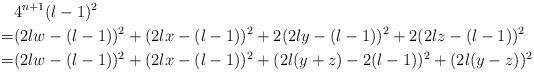
LaTeX: \begin{align*}&4^{n+1}(l-1)^2\\=&(2lw-(l-1))^2+(2lx-(l-1))^2+2(2ly-(l-1))^2+2(2lz-(l-1))^2\\=&(2lw-(l-1))^2+(2lx-(l-1))^2+(2l(y+z)-2(l-1))^2+(2l(y-z))^2\end{align*}